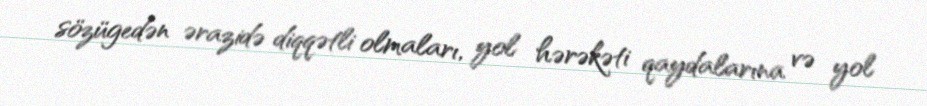
sözügedən ərazidə diqqətli olmaları, yol hərəkəti qaydalarına və yol